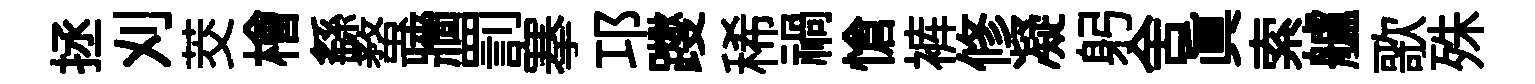
拯刈茭檜繇蝥牆罰搴邛躞稀禍愴裤修凝躬舍眞索艫歌殊